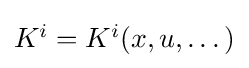
{\textstyle K^{i}=K^{i}(x,u,\dots )}